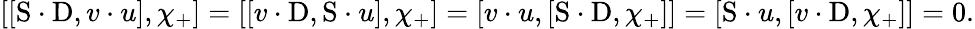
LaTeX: [[\mathrm{S}\cdot\mathrm{D},v\cdot u],\chi_{+}]=[[v\cdot\mathrm{D},\mathrm{S}\cdot u],\chi_{+}]=[v\cdot u,[\mathrm{S}\cdot\mathrm{D},\chi_{+}]]=[\mathrm{S}\cdot u,[v\cdot\mathrm{D},\chi_{+}]]=0.